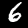
Digit: 6